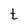
Character: t